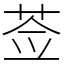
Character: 莶